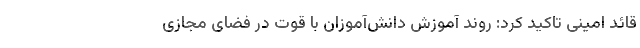
قائد امینی تاکید کرد: روند آموزش دانش‌آموزان با قوت در فضای مجازی